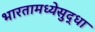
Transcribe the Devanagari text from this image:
भारतामध्येसुद्धा